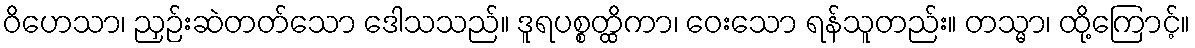
ဝိဟေသာ၊ ညှဉ်းဆဲတတ်သော ဒေါသသည်။ ဒူရပစ္စတ္ထိကာ၊ ဝေးသော ရန်သူတည်း။ တသ္မာ၊ ထို့ကြောင့်။